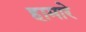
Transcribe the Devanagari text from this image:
हामारे